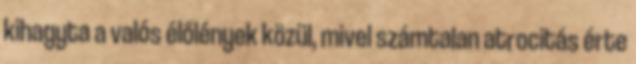
kihagyta a valós élőlények közül, mivel számtalan atrocitás érte